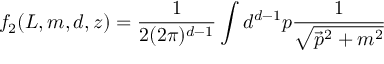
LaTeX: f _ { 2 } ( L , m , d , z ) = \frac { 1 } { 2 ( 2 \pi ) ^ { d - 1 } } \int { d } ^ { d - 1 } p \frac { 1 } { \sqrt { \vec { p } ^ { 2 } + m ^ { 2 } } }